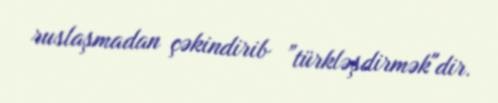
ruslaşmadan çəkindirib ”türkləşdirmək"dir.